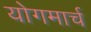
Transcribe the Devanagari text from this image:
योगमार्च